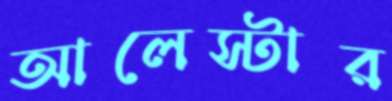
আলেস্টার